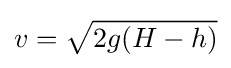
v={\sqrt {2g(H-h)}}